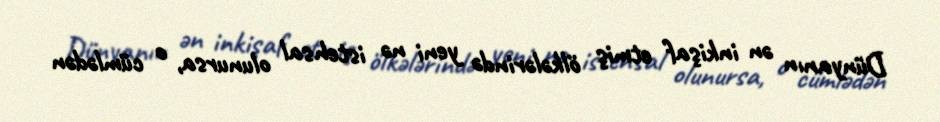
Dünyanın ən inkişaf etmiş ölkələrində yeni nə istehsal olunursa, o cümlədən